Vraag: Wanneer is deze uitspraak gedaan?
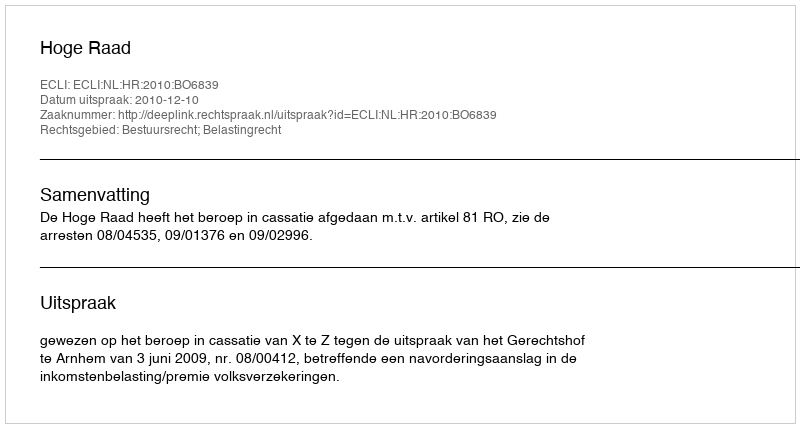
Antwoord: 2010-12-10